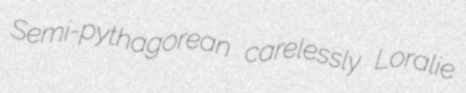
Semi-pythagorean carelessly Loralie